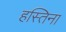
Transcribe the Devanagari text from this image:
हस्तिना